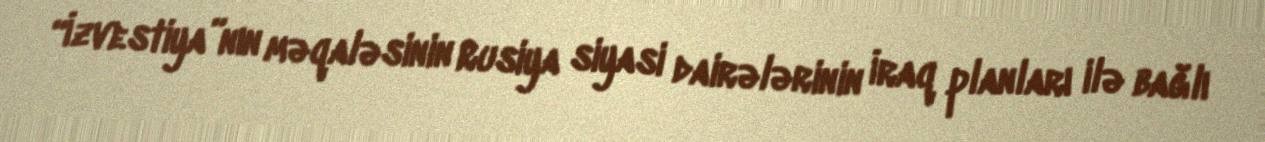
“İzvestiya”nın məqaləsinin Rusiya siyasi dairələrinin İraq planları ilə bağlı